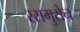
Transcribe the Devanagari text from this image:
रसमुसेन